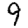
Digit: 9